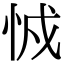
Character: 㤜